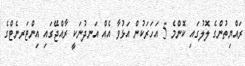
ރައްޔިތުންގެ ލޮލުގައި ކޮންމެ 5 އަހަރަކުން އަޅުވާ އެއް އަނދުނަކީ ރާއްޖޭގައި އިންޓަރނެޓްގެ